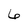
Character: 6